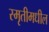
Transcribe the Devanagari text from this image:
स्मृतीमधील